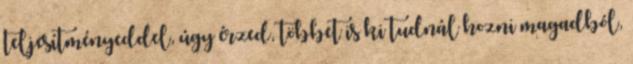
teljesítményeddel, úgy érzed, többet is ki tudnál hozni magadból,